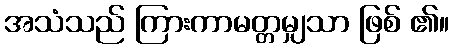
အသံသည် ကြားကာမတ္တမျှသာ ဖြစ် ၏။